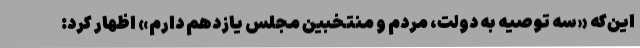
این‌که «سه توصیه به دولت، مردم و منتخبین مجلس یازدهم دارم» اظهار کرد: